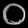
Digit: ၀